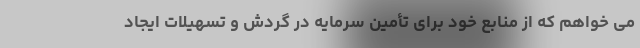
می خواهم که از منابع خود برای تأمین سرمایه در گردش و تسهیلات ایجاد